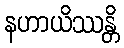
နဟာယိဿန္တိ